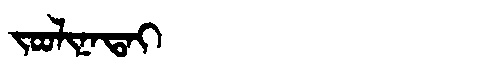
Manchu: ᠵᠣᠣᠯᡳᠨᠠᡨᠠᡳ
Romanization: JOOLINATAI